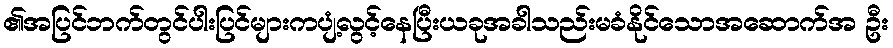
၏အပြင်ဘက်တွင်ပါးပြင်များကပျံ့လွင့်နေပြီးယခုအခါသည်းမခံနိုင်သောအဆောက်အ ဦး